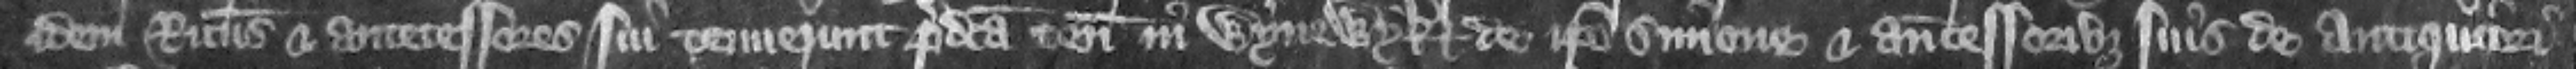
idem Ricardus et antecessores sui tenuerunt predicta tenementa in Wynewyk de ipso Simone et antecessoribus suis de antiquiori